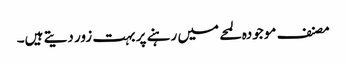
مصنف موجودہ لمحے میں رہنے پر بہت زور دیتے ہیں۔